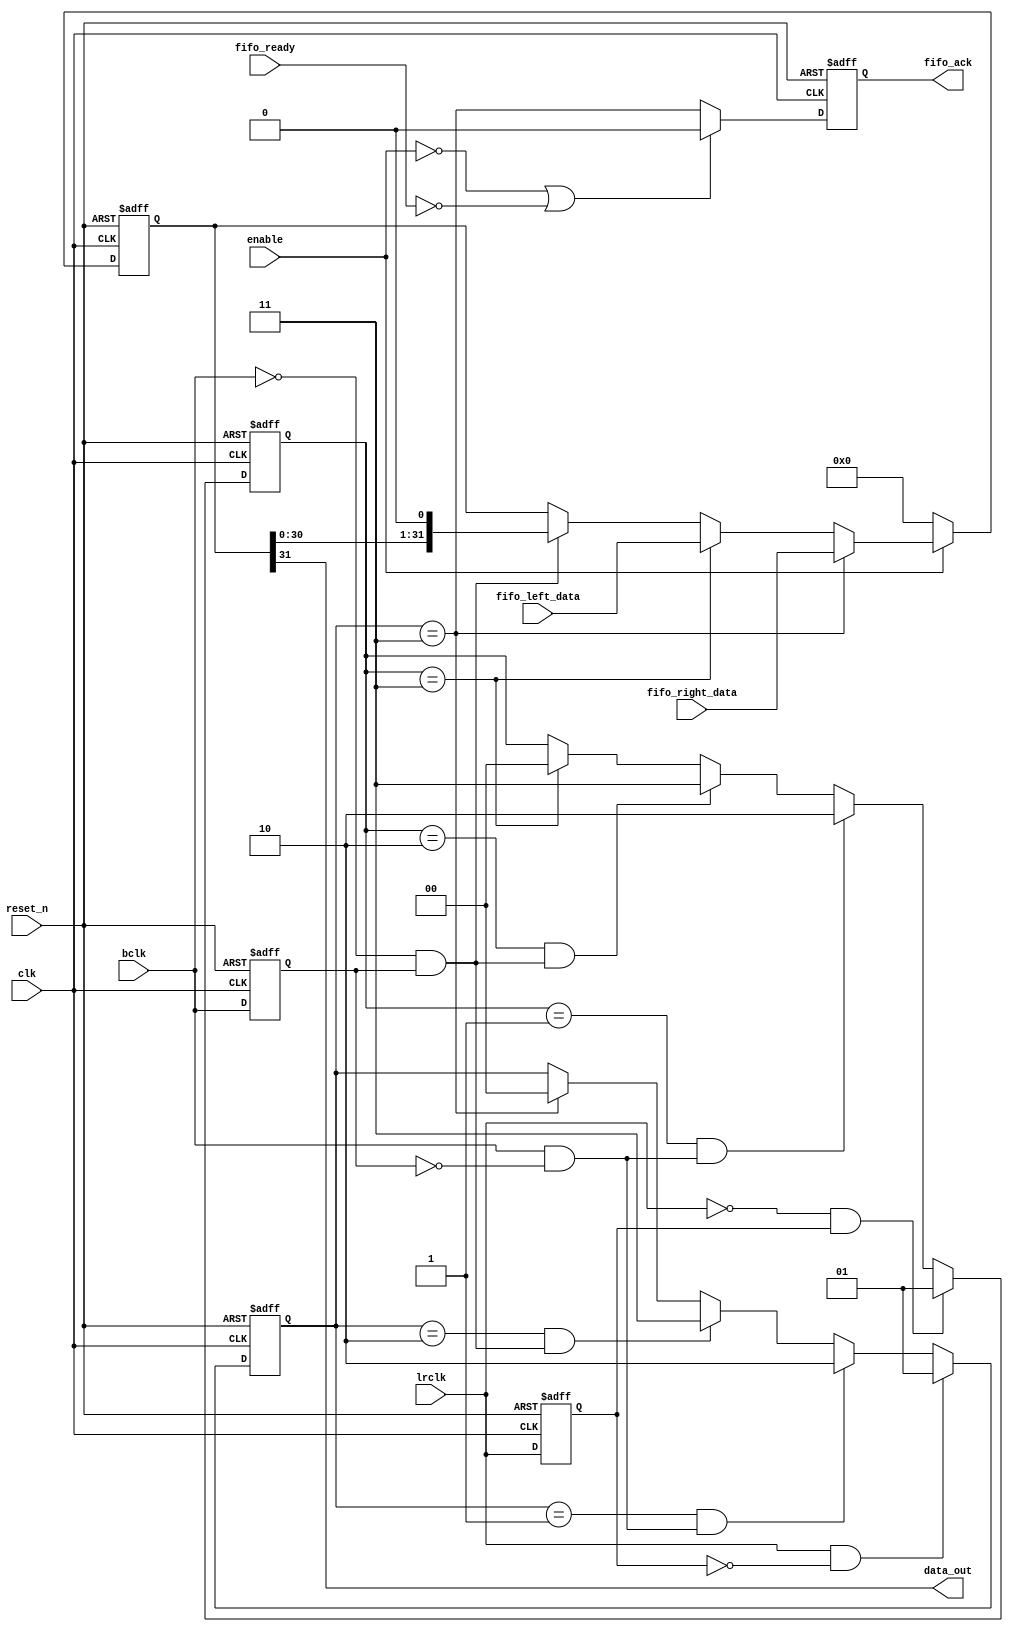
/*
 * I2S shift out function.  Data interface is a FIFO, with fall-through
 * function.  Strobing the fifo_ack makes a new left/right data value available
 * on the input.  FIFO is assumed to be dual-clock.
 * Output is zero if not enabled.
 * New values will be read from FIFO only when fifo_ready.  If enabled, but not ready,
 * the last data sample will be repeated.
 */
module i2s_shift_out (
	input				clk,				// Master clock, should be synchronous with bclk/lrclk
	input				reset_n,			// Asynchronous reset
	input		[31:0]	fifo_right_data,	// Fifo interface, right channel
	input		[31:0]	fifo_left_data,		// Fifo interface, left channel
	input				fifo_ready,			// Fifo ready (not empty)
	output reg			fifo_ack,			// Fifo read ack

	input				enable,				// Software enable
	input				bclk,				// I2S bclk
	input				lrclk,				// I2S lrclk (word clock)
	output				data_out			// Data out to DAC
);

	// bclk edges
	reg bclk_delayed;
	always @(posedge clk or negedge reset_n)
	begin
		if (~reset_n)
		begin
			bclk_delayed <= 0;
		end
		else
		begin
			bclk_delayed <= bclk;
		end
	end
	wire bclk_rising_edge = bclk & ~bclk_delayed;
	wire bclk_falling_edge = ~bclk & bclk_delayed;
		
	// lrclk edges
	reg lrclk_delayed;
	always @(posedge clk or negedge reset_n)
	begin
		if (~reset_n)
		begin
			lrclk_delayed <= 0;
		end
		else
		begin
			lrclk_delayed <= lrclk;
		end
	end
	wire lrclk_rising_edge = lrclk & ~lrclk_delayed;
	wire lrclk_falling_edge = ~lrclk & lrclk_delayed;

	// I2S is one bclk delayed, so we wait for first bclk after each lrclk edge
	reg [1:0] first_bclk_falling_after_lrclk_rising_r;
	always @(posedge clk or negedge reset_n)
	begin
		if (~reset_n)
		begin
			first_bclk_falling_after_lrclk_rising_r <= 0;
		end
		else
		begin
			if (lrclk_rising_edge)
				first_bclk_falling_after_lrclk_rising_r <= 2'b01;
			else if (first_bclk_falling_after_lrclk_rising_r == 2'b01 && bclk_rising_edge)
				first_bclk_falling_after_lrclk_rising_r <= 2'b10;
			else if (first_bclk_falling_after_lrclk_rising_r == 2'b10 && bclk_falling_edge)
				first_bclk_falling_after_lrclk_rising_r <= 2'b11;
			else if (first_bclk_falling_after_lrclk_rising_r == 2'b11)
				first_bclk_falling_after_lrclk_rising_r <= 2'b00;
		end
	end
	wire first_bclk_falling_after_lrclk_rising = first_bclk_falling_after_lrclk_rising_r == 2'b11;
	
	reg [1:0] first_bclk_falling_after_lrclk_falling_r;
	always @(posedge clk or negedge reset_n)
	begin
		if (~reset_n)
		begin
			first_bclk_falling_after_lrclk_falling_r <= 0;
		end
		else
		begin
			if (lrclk_falling_edge)
				first_bclk_falling_after_lrclk_falling_r <= 2'b01;
			else if (first_bclk_falling_after_lrclk_falling_r == 2'b01 && bclk_rising_edge)
				first_bclk_falling_after_lrclk_falling_r <= 2'b10;
			else if (first_bclk_falling_after_lrclk_falling_r == 2'b10 && bclk_falling_edge)
				first_bclk_falling_after_lrclk_falling_r <= 2'b11;
			else if (first_bclk_falling_after_lrclk_falling_r == 2'b11)
				first_bclk_falling_after_lrclk_falling_r <= 2'b00;
		end
	end
	wire first_bclk_falling_after_lrclk_falling = first_bclk_falling_after_lrclk_falling_r == 2'b11;
	
	// shift-register
	reg [31:0] shift_register;
	always @(posedge clk or negedge reset_n)
	begin
		if (~reset_n)
		begin
			shift_register <= 0;
		end
		else
		begin
			if (~enable)
				shift_register <= 0;
			else if (first_bclk_falling_after_lrclk_rising)
				shift_register <= fifo_right_data;
			else if (first_bclk_falling_after_lrclk_falling)
				shift_register <= fifo_left_data;
			else if (bclk_falling_edge)
				shift_register <= {shift_register[30:0], 1'b0};
		end
	end
	assign data_out = shift_register[31];

	// fifo ack, one clock after right channel has been loaded to shift register
	always @(posedge clk or negedge reset_n)
	begin
		if (~reset_n)
		begin
			fifo_ack <= 0;
		end
		else
		begin
			if (~enable | ~fifo_ready)
				fifo_ack <= 0;
			else
				fifo_ack <= first_bclk_falling_after_lrclk_rising;
		end
	end

endmodule